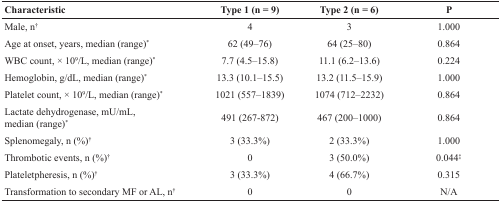
| Characteristic | Type 1 (n = 9) | Type 2 (n = 6) | P |
 | --- | --- | --- | --- |
 | Male, n† | 4 | 3 | 1.000 |
 | Age at onset, years, median (range)* | 62 (49–76) | 64 (25–80) | 0.864 |
 | WBC count, × 109/L, median (range)* | 7.7 (4.5–15.8) | 11.1 (6.2–13.6) | 0.224 |
 | Hemoglobin, g/dL, median (range)* | 13.3 (10.1–15.5) | 13.2 (11.5–15.9) | 1.000 |
 | Platelet count, × 109/L, median (range)* | 1021 (557–1839) | 1074 (712–2232) | 0.864 |
 | Lactate dehydrogenase, mU/mL, median (range)* | 491 (267-872) | 467 (200–1000) | 0.864 |
 | Splenomegaly, n (%)† | 3 (33.3%) | 2 (33.3%) | 1.000 |
 | Thrombotic events, n (%)† | 0 | 3 (50.0%) | 0.044‡ |
 | Plateletpheresis, n (%)† | 3 (33.3%) | 4 (66.7%) | 0.315 |
 | Transformation to secondary MF or AL, n† | 0 | 0 | N/A |